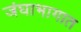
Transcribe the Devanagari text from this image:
जंघाभागात